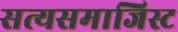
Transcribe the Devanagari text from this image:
सत्यसमाजिस्ट